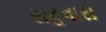
સહવાસ